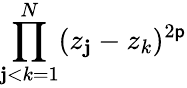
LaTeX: \prod_{\mathbf{j}<k=1}^{N}(z_{\mathbf{j}}-z_{k})^{2\mathsf{p}}